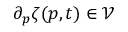
\partial _ { p } \zeta ( p , t ) \in \mathcal { V }